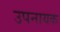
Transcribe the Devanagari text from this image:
उपनायक